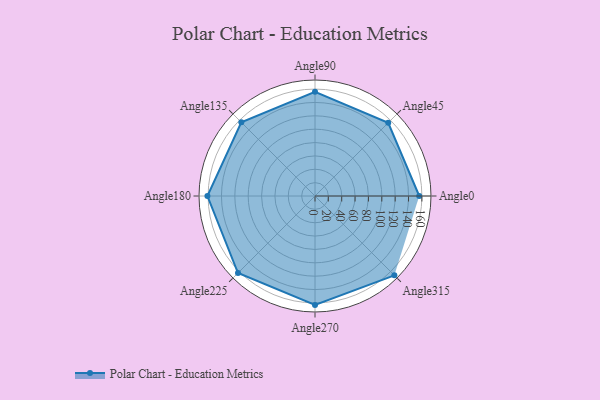
{"axis": {"x": "Angle", "y": "Radius"}, "legend": [""], "data": [{"x": "Angle0", "y": 156.0, "type": ""}, {"x": "Angle45", "y": 155.0, "type": ""}, {"x": "Angle90", "y": 156.0, "type": ""}, {"x": "Angle135", "y": 156.0, "type": ""}, {"x": "Angle180", "y": 161.0, "type": ""}, {"x": "Angle225", "y": 163.0, "type": ""}, {"x": "Angle270", "y": 163.0, "type": ""}, {"x": "Angle315", "y": 168.0, "type": ""}]}